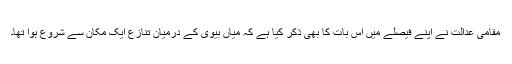
مقامی عدالت نے اپنے فیصلے میں اس بات کا بھی ذکر کیا ہے کہ میاں بیوی کے درمیان تنازع ایک مکان سے شروع ہوا تھا۔